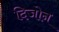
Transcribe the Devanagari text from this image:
दिजोन